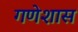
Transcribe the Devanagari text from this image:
गणेशास